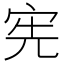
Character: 宪